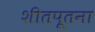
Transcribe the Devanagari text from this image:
शीतपूतना